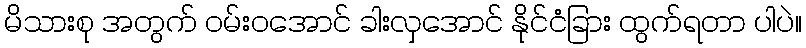
မိသားစု အတွက် ဝမ်းဝအောင် ခါးလှအောင် နိုင်ငံခြား ထွက်ရတာ ပါပဲ။